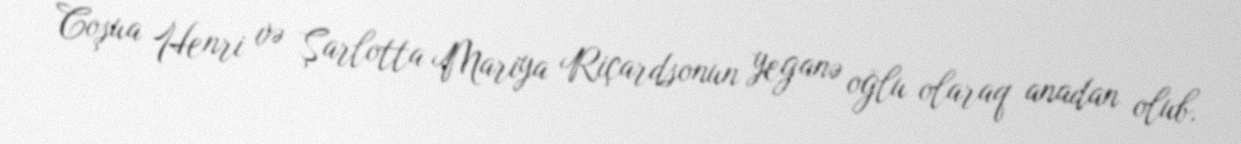
Coşua Henri və Şarlotta Mariya Riçardsonun yeganə oğlu olaraq anadan olub.